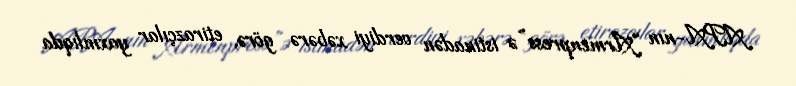
APA-nın “Armenpress”ə istinadən verdiyi xəbərə görə, etirazçılar yaxınlıqda